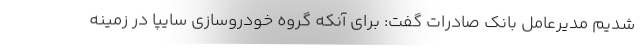
شدیم مدیرعامل بانک صادرات گفت: برای آنکه گروه خودروسازی سایپا در زمینه